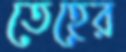
তেহের